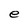
Character: e